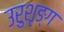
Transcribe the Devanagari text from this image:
उरुशृङ्ग